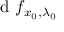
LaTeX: { \textrm { d } } f _ { x _ { 0 } , \lambda _ { 0 } }